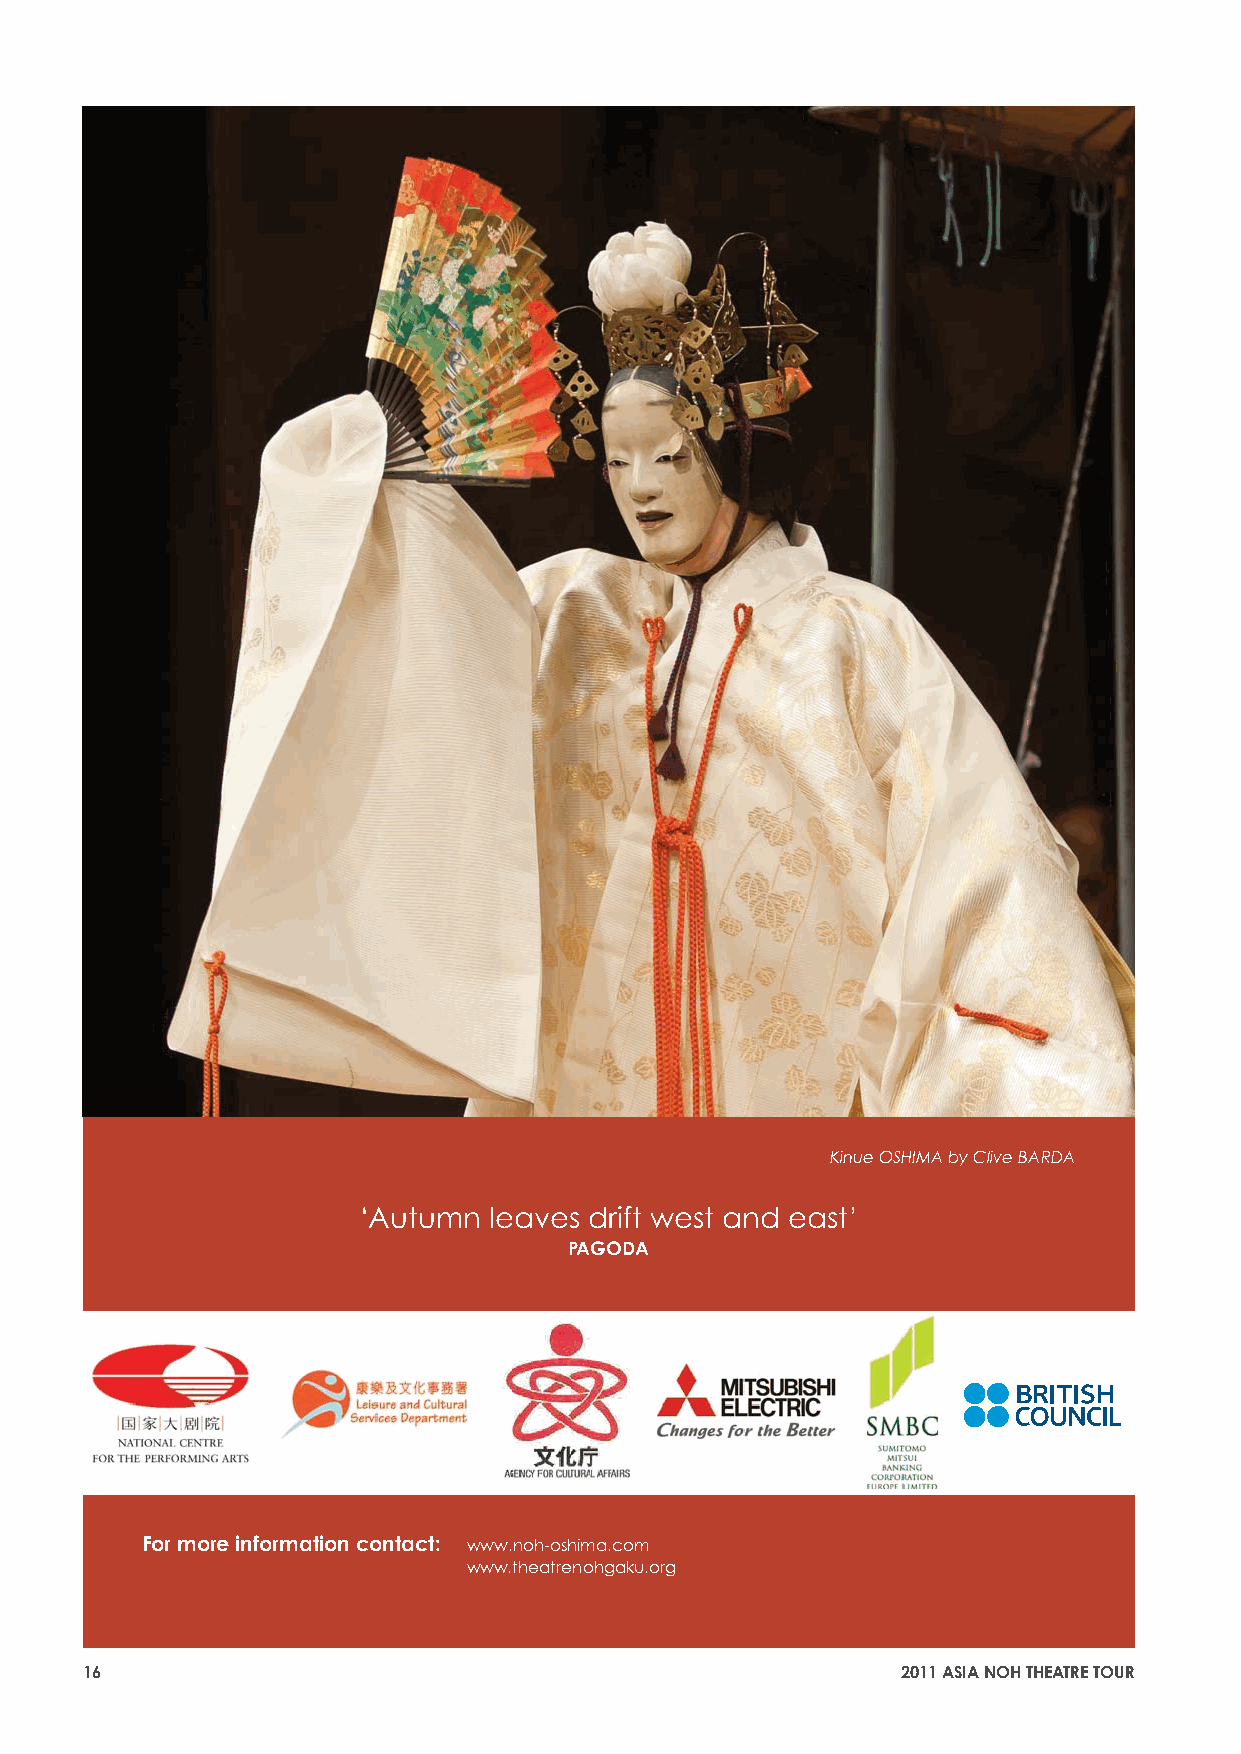
Kinue OSHIMA by Clive BARDA
 ‘Autumn leaves drift west and east’
 PAGODA
 For more information contact: www.noh-oshima.com
 www.theatrenohgaku.org
 16                                                     2011 ASIA NOH THEATRE TOUR